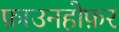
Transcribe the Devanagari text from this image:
फ़ाउनहोफ़र